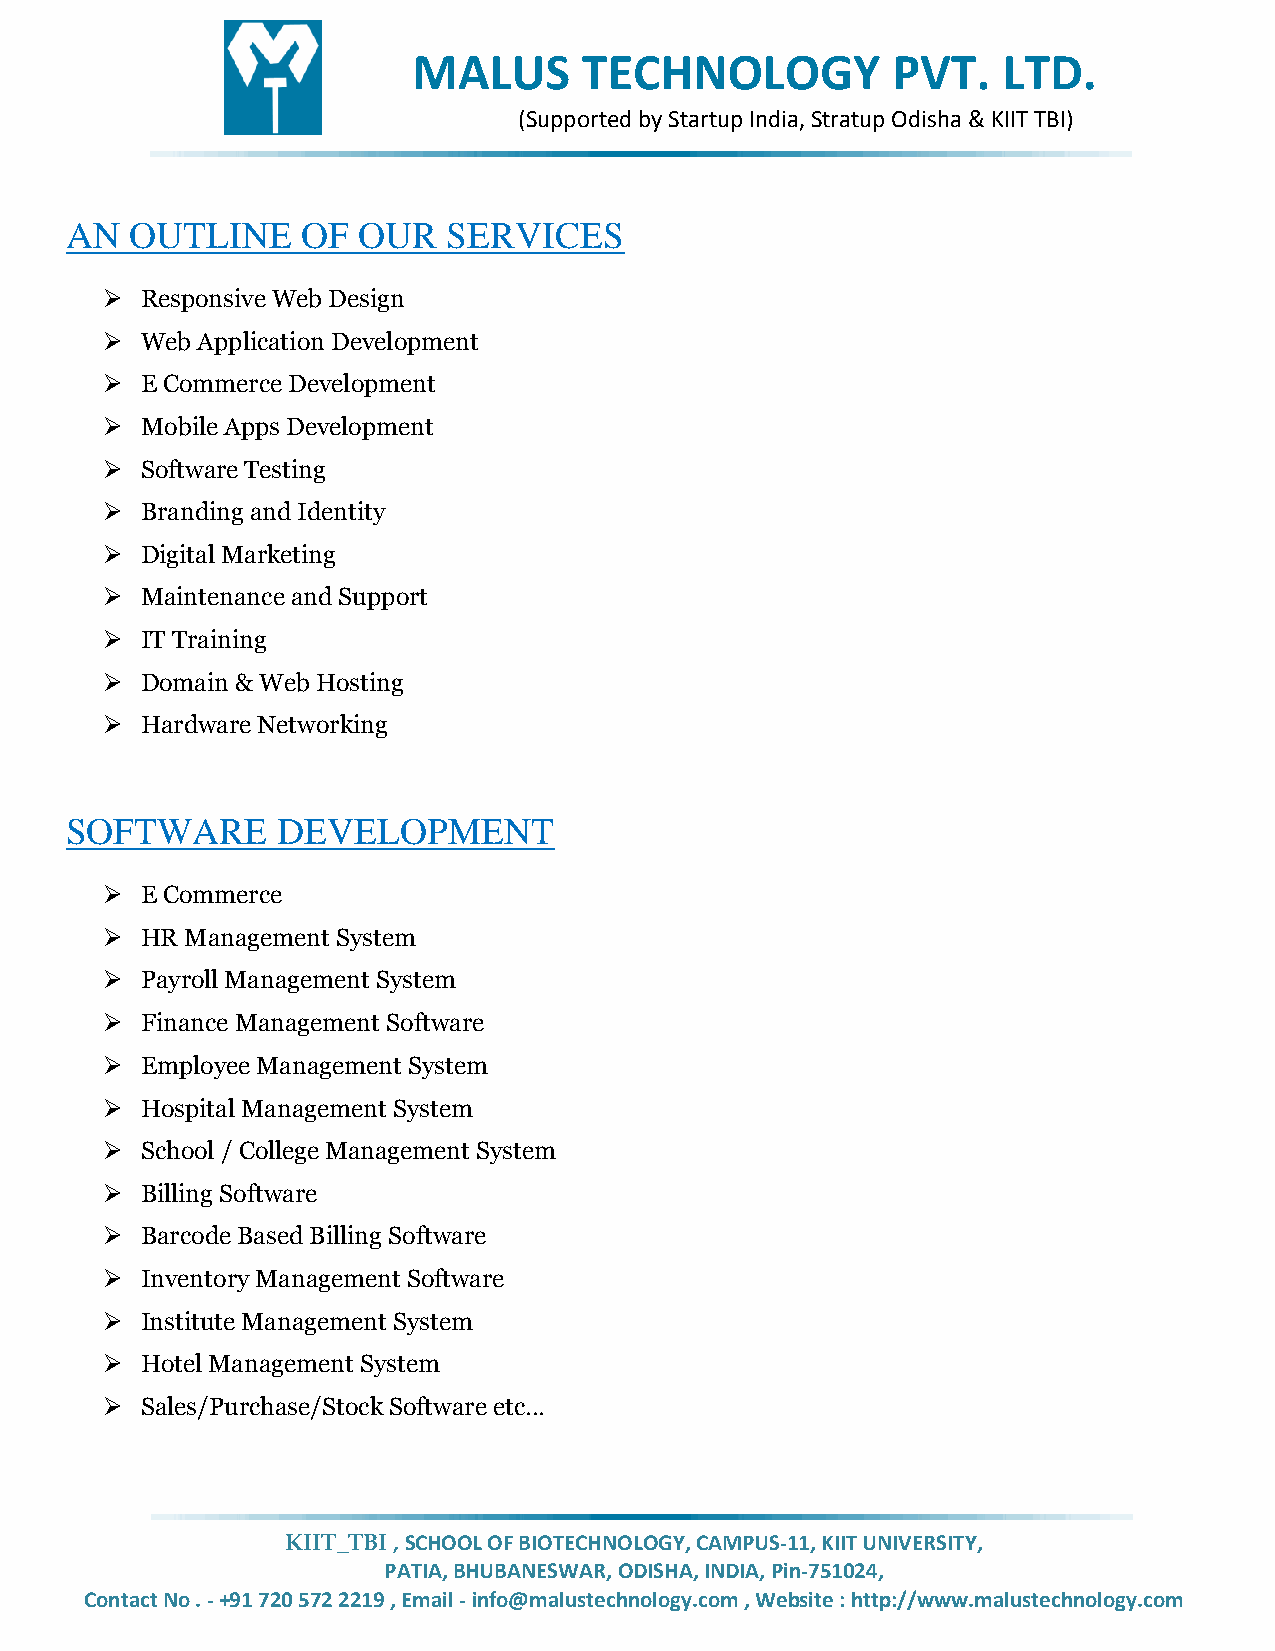
MALUS       TECHNOLOGY          PVT.   LTD.
 (Supported by Startup India, Stratup Odisha & KIIT TBI)
 AN   OUTLINE    OF  OUR   SERVICES
  Responsive Web Design
  Web Application Development
  E Commerce Development
  Mobile Apps Development
  Software Testing
  Branding and Identity
  Digital Marketing
  Maintenance and Support
  IT Training
  Domain & Web Hosting
  Hardware Networking
 SOFTWARE      DEVELOPMENT
  E Commerce
  HR Management System
  Payroll Management System
  Finance Management Software
  Employee Management System
  Hospital Management System
  School / College Management System
  Billing Software
  Barcode Based Billing Software
  Inventory Management Software
  Institute Management System
  Hotel Management System
  Sales/Purchase/Stock Software etc…
 KIIT_TBI , SCHOOL OF BIOTECHNOLOGY, CAMPUS-11, KIIT UNIVERSITY,
 PATIA, BHUBANESWAR, ODISHA, INDIA, Pin-751024,
 Contact No . - +91 720 572 2219 , Email - info@malustechnology.com , Website : http://www.malustechnology.com